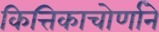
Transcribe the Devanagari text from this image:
कित्तिकाचोर्णाने